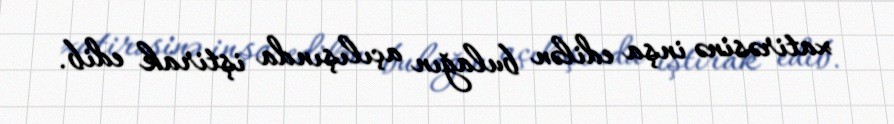
xatirəsinə inşa edilən bulağın açılışında iştirak edib.